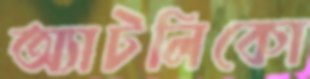
অ্যাটলিকো